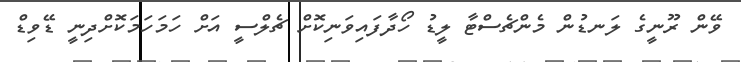
ވޭން ރޫނީގެ ލަނޑުން މެންޗެސްޓާ ލީޑު ހޯދާފައިވަނިކޮށް ޗެލްސީ އަށް ހަމަހަމަކޮށްދިނީ ޑޭވިޑް